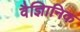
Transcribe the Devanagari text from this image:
वैज्ञिानिक